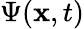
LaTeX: \Psi(\mathbf{x},t)